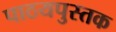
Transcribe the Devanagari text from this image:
पाठयपुस्तक